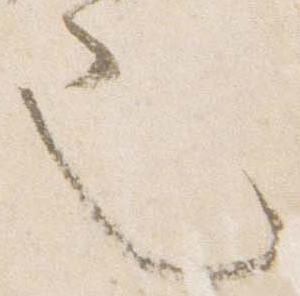
也